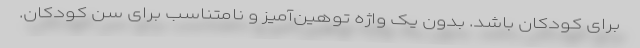
برای کودکان باشد. بدون یک واژه توهین‌آمیز و نامتناسب برای سن کودکان.